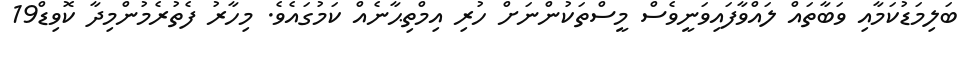
ބަލިމަޑުކަމާއި ވަބާތައް ލައްވާފައިވަނީވެސް މީސްތަކުންނަށް ހުރި އިމްތިޙާނެއް ކަމުގައެވެ. މިހާރު ފެތުރެމުންމިދާ ކޮވިޑް19